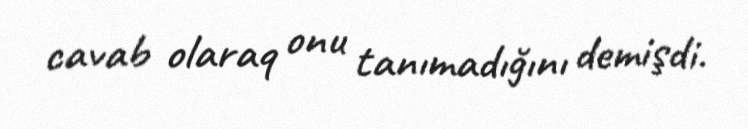
cavab olaraq onu tanımadığını demişdi.